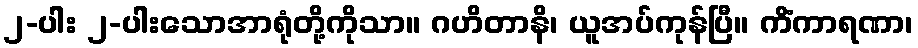
၂-ပါး ၂-ပါးသောအာရုံတို့ကိုသာ။ ဂဟိတာနိ၊ ယူအပ်ကုန်ပြီ။ ကိံကာရဏာ၊